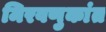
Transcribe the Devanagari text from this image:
मिरवणुकांत